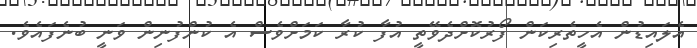
އެލައިޑުން އެހީތެރިކަން ފޯރުކޮށްދެވޭތީ އުފާ ކުރާ ކަމަށްވެސް އެ ކުންފުނިން ވަނީ ބުނެފައެވެ.